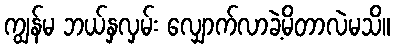
ကျွန်မ ဘယ်နှလှမ်း လျှောက်လာခဲ့မိတာလဲမသိ။